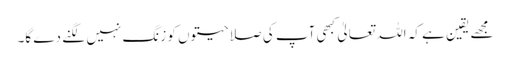
مجھے یقین ہے کہ اللہ تعالیٰ کبھی آپ کی صلاحیتوں کو زنگ نہیں لگنے دے گا۔